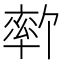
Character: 𫧦